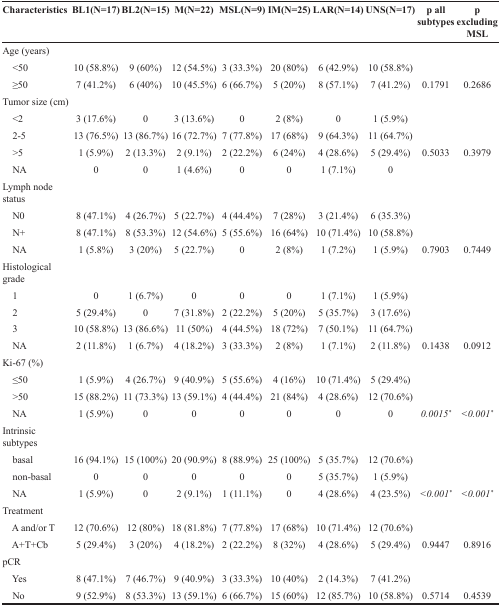
<table><thead><tr><td><b>Characteristics</b></td><td><b>BL1(N=17)</b></td><td><b>BL2(N=15)</b></td><td><b>M(N=22)</b></td><td><b>MSL(N=9)</b></td><td><b>IM(N=25)</b></td><td><b>LAR(N=14)</b></td><td><b>UNS(N=17)</b></td><td><b>p all subtypes</b></td><td><b>p excluding MSL</b></td></tr></thead><tbody><tr><td>Age (years)</td><td></td><td></td><td></td><td></td><td></td><td></td><td></td><td></td><td></td></tr><tr><td> &lt;50</td><td>10 (58.8%)</td><td>9 (60%)</td><td>12 (54.5%)</td><td>3 (33.3%)</td><td>20 (80%)</td><td>6 (42.9%)</td><td>10 (58.8%)</td><td></td><td></td></tr><tr><td> ≥50</td><td>7 (41.2%)</td><td>6 (40%)</td><td>10 (45.5%)</td><td>6 (66.7%)</td><td>5 (20%)</td><td>8 (57.1%)</td><td>7 (41.2%)</td><td>0.1791</td><td>0.2686</td></tr><tr><td>Tumor size (cm)</td><td></td><td></td><td></td><td></td><td></td><td></td><td></td><td></td><td></td></tr><tr><td> &lt;2</td><td>3 (17.6%)</td><td>0</td><td>3 (13.6%)</td><td>0</td><td>2 (8%)</td><td>0</td><td>1 (5.9%)</td><td></td><td></td></tr><tr><td> 2-5</td><td>13 (76.5%)</td><td>13 (86.7%)</td><td>16 (72.7%)</td><td>7 (77.8%)</td><td>17 (68%)</td><td>9 (64.3%)</td><td>11 (64.7%)</td><td></td><td></td></tr><tr><td> &gt;5</td><td>1 (5.9%)</td><td>2 (13.3%)</td><td>2 (9.1%)</td><td>2 (22.2%)</td><td>6 (24%)</td><td>4 (28.6%)</td><td>5 (29.4%)</td><td>0.5033</td><td>0.3979</td></tr><tr><td> NA</td><td>0</td><td>0</td><td>1 (4.6%)</td><td>0</td><td>0</td><td>1 (7.1%)</td><td>0</td><td></td><td></td></tr><tr><td>Lymph node status</td><td></td><td></td><td></td><td></td><td></td><td></td><td></td><td></td><td></td></tr><tr><td> N0</td><td>8 (47.1%)</td><td>4 (26.7%)</td><td>5 (22.7%)</td><td>4 (44.4%)</td><td>7 (28%)</td><td>3 (21.4%)</td><td>6 (35.3%)</td><td></td><td></td></tr><tr><td> N+</td><td>8 (47.1%)</td><td>8 (53.3%)</td><td>12 (54.6%)</td><td>5 (55.6%)</td><td>16 (64%)</td><td>10 (71.4%)</td><td>10 (58.8%)</td><td></td><td></td></tr><tr><td> NA</td><td>1 (5.8%)</td><td>3 (20%)</td><td>5 (22.7%)</td><td>0</td><td>2 (8%)</td><td>1 (7.2%)</td><td>1 (5.9%)</td><td>0.7903</td><td>0.7449</td></tr><tr><td>Histological grade</td><td></td><td></td><td></td><td></td><td></td><td></td><td></td><td></td><td></td></tr><tr><td> 1</td><td>0</td><td>1 (6.7%)</td><td>0</td><td>0</td><td>0</td><td>1 (7.1%)</td><td>1 (5.9%)</td><td></td><td></td></tr><tr><td> 2</td><td>5 (29.4%)</td><td>0</td><td>7 (31.8%)</td><td>2 (22.2%)</td><td>5 (20%)</td><td>5 (35.7%)</td><td>3 (17.6%)</td><td></td><td></td></tr><tr><td> 3</td><td>10 (58.8%)</td><td>13 (86.6%)</td><td>11 (50%)</td><td>4 (44.5%)</td><td>18 (72%)</td><td>7 (50.1%)</td><td>11 (64.7%)</td><td></td><td></td></tr><tr><td> NA</td><td>2 (11.8%)</td><td>1 (6.7%)</td><td>4 (18.2%)</td><td>3 (33.3%)</td><td>2 (8%)</td><td>1 (7.1%)</td><td>2 (11.8%)</td><td>0.1438</td><td>0.0912</td></tr><tr><td>Ki-67 (%)</td><td></td><td></td><td></td><td></td><td></td><td></td><td></td><td></td><td></td></tr><tr><td> ≤50</td><td>1 (5.9%)</td><td>4 (26.7%)</td><td>9 (40.9%)</td><td>5 (55.6%)</td><td>4 (16%)</td><td>10 (71.4%)</td><td>5 (29.4%)</td><td></td><td></td></tr><tr><td> &gt;50</td><td>15 (88.2%)</td><td>11 (73.3%)</td><td>13 (59.1%)</td><td>4 (44.4%)</td><td>21 (84%)</td><td>4 (28.6%)</td><td>12 (70.6%)</td><td></td><td></td></tr><tr><td> NA</td><td>1 (5.9%)</td><td>0</td><td>0</td><td>0</td><td>0</td><td>0</td><td>0</td><td><i>0.0015</i><sup><i>*</i></sup></td><td><i>&lt;0.001</i><sup><i>*</i></sup></td></tr><tr><td>Intrinsic subtypes</td><td></td><td></td><td></td><td></td><td></td><td></td><td></td><td></td><td></td></tr><tr><td> basal</td><td>16 (94.1%)</td><td>15 (100%)</td><td>20 (90.9%)</td><td>8 (88.9%)</td><td>25 (100%)</td><td>5 (35.7%)</td><td>12 (70.6%)</td><td></td><td></td></tr><tr><td> non-basal</td><td>0</td><td>0</td><td>0</td><td>0</td><td>0</td><td>5 (35.7%)</td><td>1 (5.9%)</td><td></td><td></td></tr><tr><td> NA</td><td>1 (5.9%)</td><td>0</td><td>2 (9.1%)</td><td>1 (11.1%)</td><td>0</td><td>4 (28.6%)</td><td>4 (23.5%)</td><td><i>&lt;0.001</i><sup><i>*</i></sup></td><td><i>&lt;0.001</i><sup><i>*</i></sup></td></tr><tr><td>Treatment</td><td></td><td></td><td></td><td></td><td></td><td></td><td></td><td></td><td></td></tr><tr><td> A and/or T</td><td>12 (70.6%)</td><td>12 (80%)</td><td>18 (81.8%)</td><td>7 (77.8%)</td><td>17 (68%)</td><td>10 (71.4%)</td><td>12 (70.6%)</td><td></td><td></td></tr><tr><td> A+T+Cb</td><td>5 (29.4%)</td><td>3 (20%)</td><td>4 (18.2%)</td><td>2 (22.2%)</td><td>8 (32%)</td><td>4 (28.6%)</td><td>5 (29.4%)</td><td>0.9447</td><td>0.8916</td></tr><tr><td>pCR</td><td></td><td></td><td></td><td></td><td></td><td></td><td></td><td></td><td></td></tr><tr><td> Yes</td><td>8 (47.1%)</td><td>7 (46.7%)</td><td>9 (40.9%)</td><td>3 (33.3%)</td><td>10 (40%)</td><td>2 (14.3%)</td><td>7 (41.2%)</td><td></td><td></td></tr><tr><td> No</td><td>9 (52.9%)</td><td>8 (53.3%)</td><td>13 (59.1%)</td><td>6 (66.7%)</td><td>15 (60%)</td><td>12 (85.7%)</td><td>10 (58.8%)</td><td>0.5714</td><td>0.4539</td></tr></tbody></table>